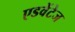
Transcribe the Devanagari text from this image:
एडवेंटेज